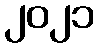
၂၀၂၁